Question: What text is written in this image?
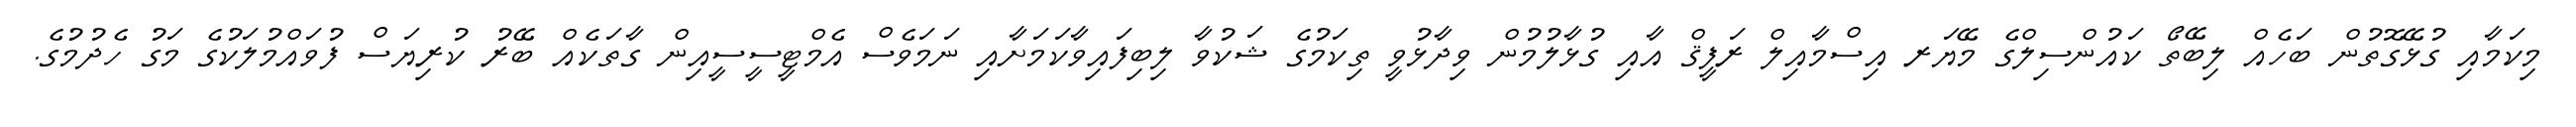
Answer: މިކަމާއި ގުޅޭގޮތުން ބަހެއް ލިބޭތޯ ކައުންސިލްގެ މޭޔަރ އިސްމާއިލް ރަފީޤް އާއި ގުޅާލުމުން ވިދާޅުވީ ތިކަމުގެ ޝަކުވާ ލިބިފައިވާކަމަށާއި ނަމަވެސް އެމްޓީސީސީއިން ގާތަކެއް ބޭރު ކުރިޔަސް ފުވައްމުލަކުގެ މަގު ހެދުމުގެ.